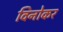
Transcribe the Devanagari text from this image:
विनोकर